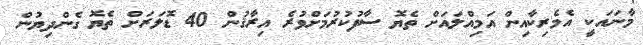
މާނައަކީ އެމެރިކާއިން އަމިއްލައަށް ތެޔޮ ސާފުކުރުމަށްވުރެ އިރާޤުން 40 ޑޮލަރަށް ތެޔޮ ގެންދިޔުން